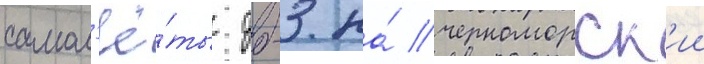
самол'ё́ты дб-3 на́ черноморск'ии